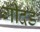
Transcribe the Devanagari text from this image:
गीदड